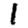
Digit: 1